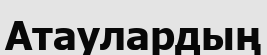
Атаулардың